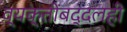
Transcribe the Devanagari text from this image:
व्यक्तींबद्दलही